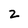
Character: Z